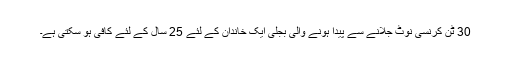
30 ٹن کرنسی نوٹ جلانے سے پیدا ہونے والی بجلی ایک خاندان کے لئے 25 سال کے لئے کافی ہو سکتی ہے۔